Statistics compiled by the Government of India from the reports of provincial Civil Veterinary Departments
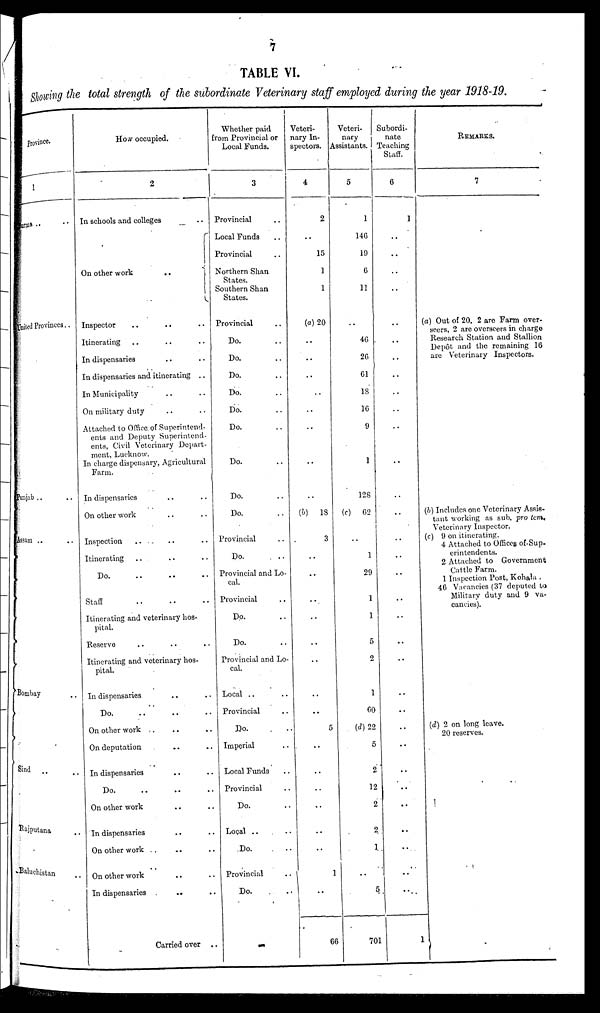
7
TABLE VI.
Showing the total strength of the subordinate Veterinary staff employed during the year 1918-19.
Province.
1
Burma .. ..
United Provinces ..
Punjab
.. ..
Assam .. ..
Bombay . .
Sind . . . .
Rajputana ..
Baluchistan ..
How occupied.
2
In schools and colleges ..
On other work
..
Inspector .. .. ..
Itinerating .. .. ..
In dispensaries .. ..
In dispensaries and itinerating ..
In Municipality .. ..
On military duty .. ..
Attached to Office of Superintend-
ents and Deputy Superintend-
ents. Civil Veterinary Depart-
ment. Lucknow.
In charge dispensary, Agricultural
Farm.
In dispensaries .. ..
On other work .. ..
Inspection .. .. ..
Itinerating .. .. ..
Do. .. .. ..
Staff .. .. ..
Itinerating and veterinary hos-
pital.
Reserve .. .. ..
Itinerating and veterinary hos-
pital.
In dispensaries .. ..
Do.
..
..
..
On other work .. .. ..
On deputation .. ..
In dispensaries .. ..
Do.
..
..
..
On other work .. ..
In dispensaries .. ..
On other work .. .. ..
On other work .. ..
In dispensaries
.. ..
Carried over ..
Whether paid
from Provincial or
Local Funds.
3
Provincial ..
Local Funds ..
Provincial ..
Northern Shan
States.
Southern Shan
States.
Provincial ..
Do. ..
Do. ..
Do. ..
Do. ..
Do. ..
Do. ..
Do. ..
Do. ..
Do. ..
Provincial ..
Do. ..
Provincial and Lo-
cal.
Provincial ..
Do. ..
Do. ..
Provincial and Lo-
cal.
Local .. ..
Provincial ..
Do. ..
Imperial ..
Local Funds ..
Provincial ..
Do. ..
Local .. ..
Do. ..
Provincial ..
Do. ..
Veteri-
nary In-
spectors.
4
2
..
15
1
1
(a) 20
..
..
..
..
..
..
..
..
(b) 18
3
..
..
..
..
..
..
..
..
5
..
..
..
..
..
..
1
..
66
Veteri-
nary
Assistants.
5
1
146
19
6
11
..
46
26
61
18
16
9
1
128
(c) 62
..
1
29
1
1
5
..
1
60
(d) 22
5
2
12
2
2
1
..
5
701
Subordi-
nate
Teaching
Staff.
6
1
..
..
..
..
..
..
..
..
..
..
..
..
..
..
..
..
..
..
..
..
..
..
..
..
..
..
..
..
..
..
..
..
1
REMARKS.
7
(a) Out of 20, 2 are Farm over-
seers, 2 are overseers in charge
Research Station and Stallion
Depôt and the remaining 16
are Veterinary Inspectors.
(b) Includes one Veterinary Assis-
tant working as sub pro tem.
Veterinary Inspector.
(c) 9 on itinerating.
4 Attached to Offices of Sup-
erintendents.
2 Attached to Government
Cattle Farm.
1 Inspection Post, Kohala .
46 Vacancies (37 deputed to
Military duty and 9 va-
cancies).
(d) 2 on long leave.
20 reserves.